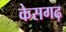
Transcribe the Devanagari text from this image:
केसगढ़